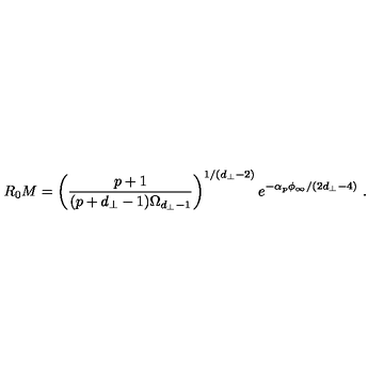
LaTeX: R _ { 0 } M = \left( \frac { p + 1 } { ( p + d _ { \perp } - 1 ) \Omega _ { d _ { \perp } - 1 } } \right) ^ { 1 / ( d _ { \perp } - 2 ) } e ^ { - \alpha _ { p } \phi _ { \infty } / ( 2 d _ { \perp } - 4 ) } \ .